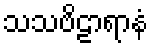
သသဗိဠာရာနံ